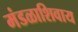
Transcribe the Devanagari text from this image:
मंडळाशिवाय